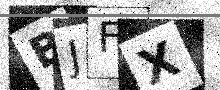
Text: BJFX